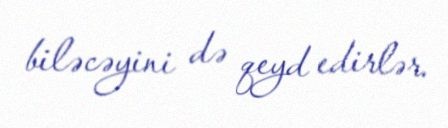
biləcəyini də qeyd edirlər.